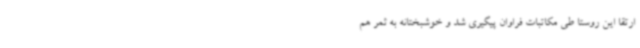
ارتقا این روستا طی مکاتبات فراوان پیگیری شد و خوشبختانه به ثمر هم